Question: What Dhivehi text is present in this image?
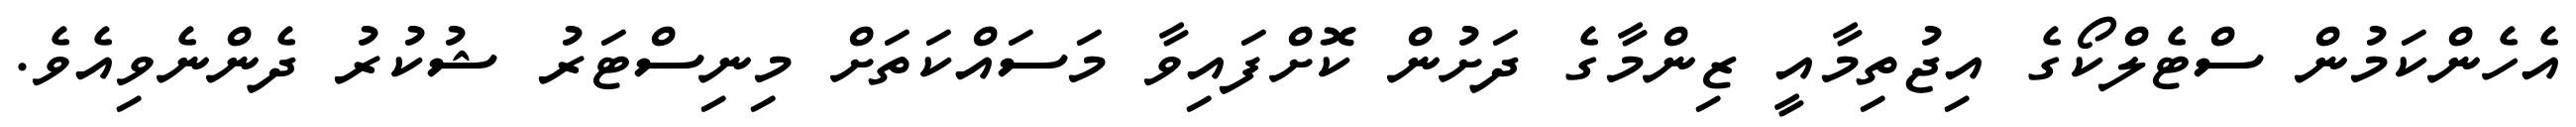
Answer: އެހެންކަމުން ސްޓެލްކޯގެ އިޖުތިމާއީ ޒިންމާގެ ދަށުން ކޮށްފައިވާ މަސައްކަތަށް މިނިސްޓަރު ޝުކުރު ދެންނެވިއެވެ.